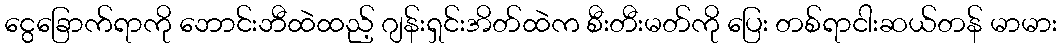
ငွေခြောက်ရာကို ဘောင်းဘီထဲထည့် ဂျန်းရှင်းအိတ်ထဲက စီးတီးမတ်ကို ပြေး တစ်ရာငါးဆယ်တန် မာမား